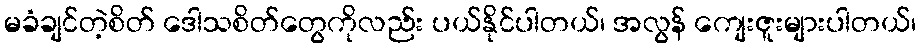
မခံချင်တဲ့စိတ် ဒေါသစိတ်တွေကိုလည်း ပယ်နိုင်ပါတယ်၊ အလွန် ကျေးဇူးများပါတယ်၊